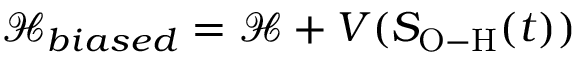
\mathcal { H } _ { b i a s e d } = \mathcal { H } + V ( S _ { \mathrm { O - H } } ( t ) )